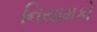
નિયામકો